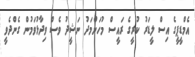
އެމްޑީޕީގެ އިސް ލީޑަރު ކުރީގެ ރައީސް މުހަންމަދު ނަޝީދު ވެސް ވިދާޅުވަމުން ގެންދެވީ